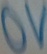
Text: 0V